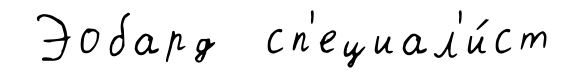
Эобард сп'ециал'и́ст